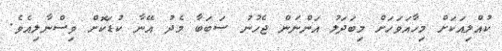
ކުއްލިއަކަށް މިހާއަވަހަށް މިބަދަލު އަންނަން ޖެހުނު ސަބަބާ މެދު އޭނާ ކުޑަކޮށް ވިސްނާލިއެވެ.